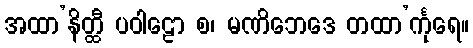
အထာ’နိတ္ထီ ပဝါဠော စ၊ မဏိဘေဒေ တထာ’င်္ကုရေ။